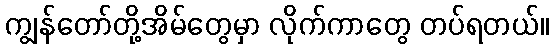
ကျွန်တော်တို့အိမ်တွေမှာ လိုက်ကာတွေ တပ်ရတယ်။